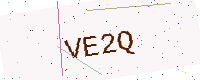
Text: VE2Q